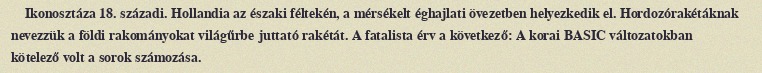
Ikonosztáza 18. századi. Hollandia az északi féltekén, a mérsékelt éghajlati övezetben helyezkedik el. Hordozórakétáknak nevezzük a földi rakományokat világűrbe juttató rakétát. A fatalista érv a következő: A korai BASIC változatokban kötelező volt a sorok számozása.